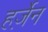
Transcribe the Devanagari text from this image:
हर्ज़ेन